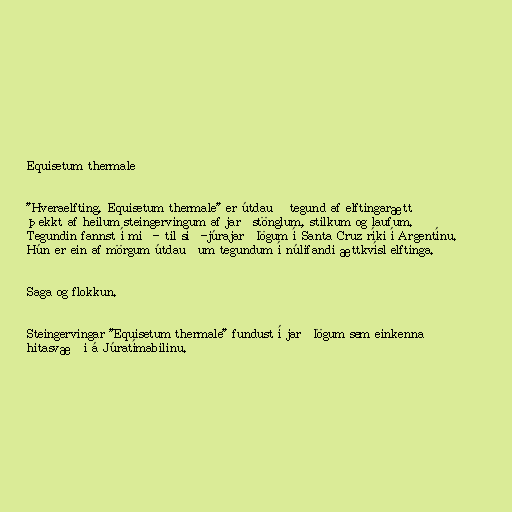
Equisetum thermale

"Hveraelfting, Equisetum thermale" er útdauð tegund af elftingarætt
þekkt af heilum steingervingum af jarðstönglum, stilkum og laufum.
Tegundin fannst í mið- til síð-júrajarðlögum í Santa Cruz ríki í Argentínu.
Hún er ein af mörgum útdauðum tegundum í núlifandi ættkvísl elftinga.

Saga og flokkun.

Steingervingar "Equisetum thermale" fundust í jarðlögum sem einkenna
hitasvæði á Júratímabilinu.